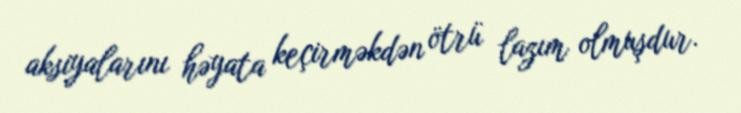
aksiyalarını həyata keçirməkdən ötrü lazım olmuşdur.